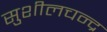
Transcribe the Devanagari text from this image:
सुशीलचन्द्र